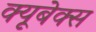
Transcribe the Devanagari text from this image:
क्यूबेक्स